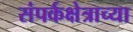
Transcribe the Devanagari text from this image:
संपर्कक्षेत्राच्या